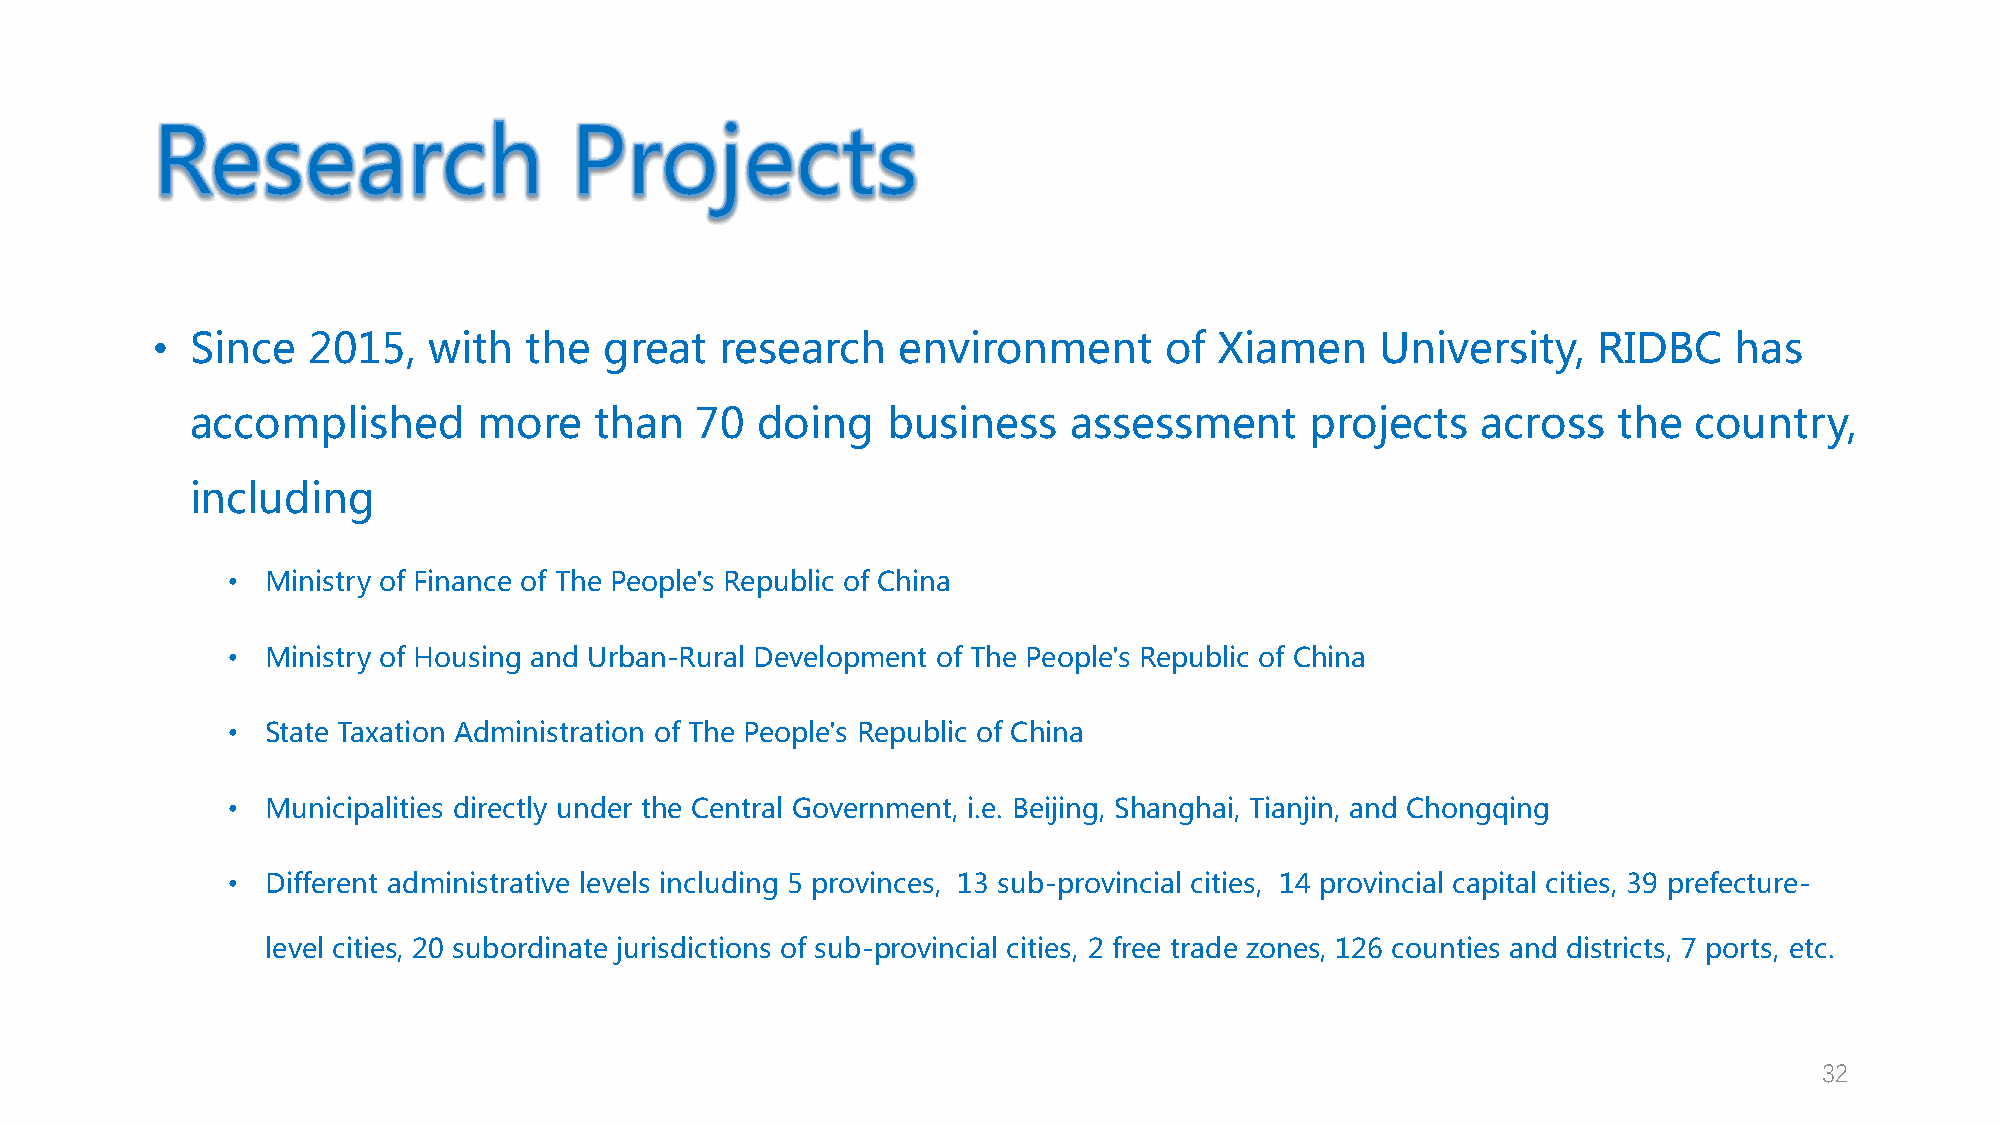
•  Since  2015,   with   the  great   research   environment       of  Xiamen    University,    RIDBC    has
 accomplished       more   than   70  doing    business    assessment      projects   across   the  country,
 including
 •  Ministry of Finance of The People's Republic of China
 •  Ministry of Housing and Urban-Rural Development of The People's Republic of China
 •  State Taxation Administration of The People's Republic of China
 •  Municipalities directly under the Central Government, i.e. Beijing, Shanghai, Tianjin, and Chongqing
 •  Different administrative levels including 5 provinces, 13 sub-provincial cities, 14 provincial capital cities, 39 prefecture-
 level cities, 20 subordinate jurisdictions of sub-provincial cities, 2 free trade zones, 126 counties and districts, 7 ports, etc.
 32